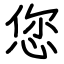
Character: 您